Report of the Indian Hemp Drugs Commission, 1894-1895 - Volume VI
Year: 1894
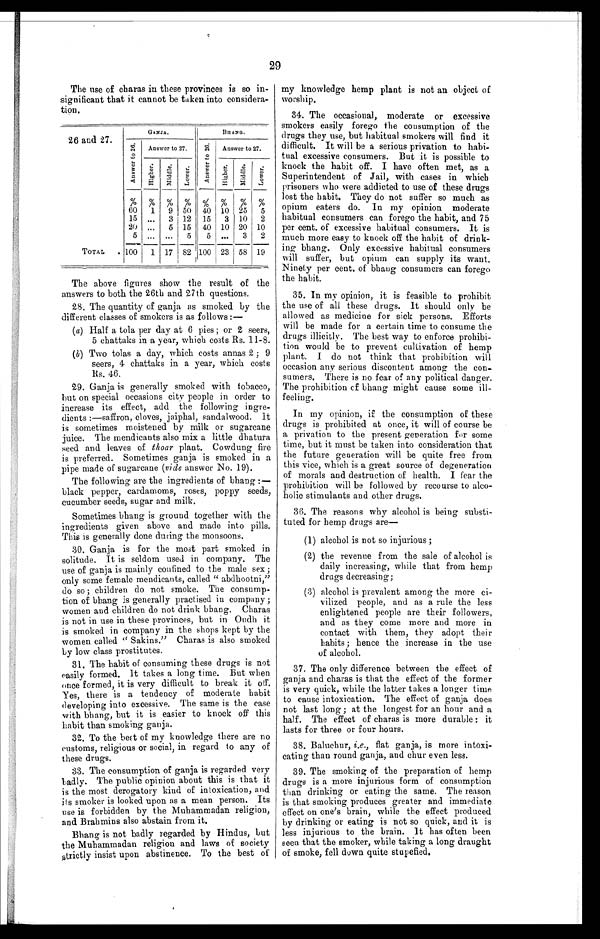
29
The use of charas in these provinces is so in-
significant that it cannot be taken into considera-
tion.
26 and 27.
GANJA.
BHANG.
A n s w e r t o 2 6
Answer to 27.
Answer to 27.
Answer to 27.
H i g h e r .
M i d d l e .
L o w e r
H i g h e r .
Middle.
L o w e r .
%
60
15
20
5
%
1
. . .
...
...
%
9
3
5
...
%
50
12
15
5
_ %
40
15
40
5
%
10
3
10
...
%
25
10
20
3
-
%
5
2
10
2
TOTAL
100
1
-
17 82 100 23 58 19
The above figures show the result of the
answers to both the 26th and 27th questions.
28. The quantity of ganja as smoked by the
different classes of smokers is as follows:—
(a) Half a tola per day at 6 pies; or 2 seers,
5 chattaks in a year, which costs Rs. 11-8.
(b) Two tolas a day, which costs annas 2; 9
seers, 4 chattaks in a year, which costs
Rs. 46.
29. Ganja is generally smoked with tobacco,
but on special occasions city people in order to
increase its effect, add the following ingre-
dients:—saffron, cloves, jaiphal, sandalwood. It
is sometimes moistened by milk or sugarcane
juice. The mendicants also mix a little dhatura
seed and leaves of thoar plant. Cowdung fire
is preferred. Sometimes ganja is smoked in a
pipe made of sugarcane ( vide answer No. 19).
The following are the ingredients of bhang:-
black pepper, cardamoms, roses, poppy seeds,
cucumber seeds, sugar and milk.
Sometimes bhang is ground together with the
ingredients given above and made into pills.
This is generally done during the monsoons.
30. Ganja is for the most part smoked in
solitude. It is seldom used in company. The
use of ganja is mainly confined to the male sex;
only some female mendicants, called " abdhootni,"
do so; children do not smoke. The consump-
tion of bhang is generally practised in company;
women and children do not drink bhang. Maras
is not in use in these provinces, but in Oudh it
is smoked in company in the shops kept by the
women called " Sakins." Charas is also smoked
by low class prostitutes.
31. The habit of consuming these drugs is not
easily formed. It takes a long time. But when
once formed, it is very difficult to break it off.
Yes, there is a tendency of moderate habit
developing into excessive. The same is the case
with bhang, but it is easier to knock off this
habit than smoking ganja.
32. To the heft of my knowledge there are no
customs, religious or social, in regard to any of
these drugs.
33. The consumption of ganja is regarded very
badly. The public opinion about this is that it
is the most derogatory kind of intoxication, and
its smoker is looked upon as a mean person. Its
use is forbidden by the Muhammadan religion,
and Brahmins also abstain from it.
Bhang is not badly regarded by Hindus, but
the Muhammadan religion and laws of society
strictly insist upon abstinence. To the best of
my knowledge hemp plant is not an object of
worship.
34. The occasional, moderate or excessive
smokers easily forego the consumption of the
drugs they use, but habitual smokers will find it
difficult. It will be a serious privation to habi-
tual excessive consumers. But it is possible to
knock the habit off. I have often met, as a
Superintendent of Jail, with cases in which
prisoners who were addicted to use of these drugs
lost the habit. They do not suffer so much as
opium eaters do. In my opinion moderate
habitual consumers can forego the habit, and 75
per cent. of excessive habitual consumers. It is
much more easy to knock off the habit of drink-
ing bhang. Only excessive habitual consumers
will suffer, but opium can supply its want.
Ninety per cent, of bhang consumers can forego
the habit.
35. In my opinion, it is feasible to prohibit
the use of all these drugs. It should only be
allowed as medicine for sick persons. Efforts
will be made for a certain time to consume the
drugs illicitl y . The best way to enforce prohibi-
tion would be to prevent cultivation of hemp
plant. I do not think that prohibition will
occasion any serious discontent among the con-
sumers. There is no fear of any political danger.
The prohibition of bhang might cause some ill-
feeling.
In my opinion, if the consumption of these
drugs is prohibited at once, it will of course be
a privation to the present generation for some
time, but it must be taken into consideration that
the future generation will be quite free from
this vice, which is a great source of degeneration
of morals and destruction of health. I fear the
prohibition will be followed by recourse to alco-
holic stimulants and other drugs.
36. The reasons why alcohol is being substi-
tuted for hemp drugs are—
(1) alcohol is not so injurious;
(2) the revenue from the sale of alcohol is
daily increasing, while that from hemp
drugs decreasing;
(3) alcohol is prevalent among the more ci-
vilized people, and as a rule the less
enlightened people are their followers,
and as they come more and more in
contact with them, they adopt their
habits; hence the increase in the use
of alcohol.
37. The only difference between the effect of
ganja and charas is that the effect of the former
is very quick, while the latter takes a longer time
to cause intoxication. The effect of ganja does
not last long; at the longest for an hour and a
half. The effect of charas is more durable: it
lasts for three or four hours.
38. Baluchur, i.e., fiat ganja, is more intoxi-
cating than round ganja, and chur even less.
39. The smoking of the preparation of hemp
drugs is a more injurious form of consumption
than drinking or eating the same. The reason
is that smoking produces greater and immediate
effect on one's brain, while the effect produced
by drinking or eating is not so quick, and it is
less injurious to the brain. It has often been
seen that the smoker, while taking a long draught
of smoke, fell down quite stupefied.